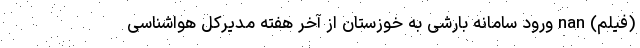
(فیلم) nan ورود سامانه بارشی به خوزستان از آخر هفته مدیرکل هواشناسی